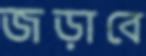
জড়াবে